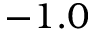
- 1 . 0